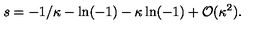
s = - 1 / \kappa - \ln ( - 1 ) - \kappa \ln ( - 1 ) + { \cal O } ( \kappa ^ { 2 } ) .